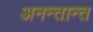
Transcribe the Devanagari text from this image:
अनन्तान्त